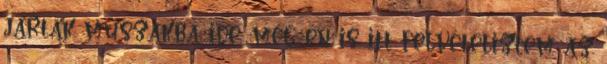
jártak műszakba ide, még én is itt felvételiztem az